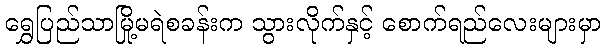
ရွှေပြည်သာမြို့မရဲစခန်းက သွားလိုက်နှင့် စောက်ရည်လေးများမှာ